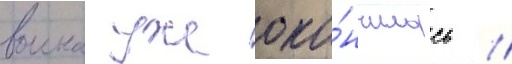
воина уже око́нчилась //